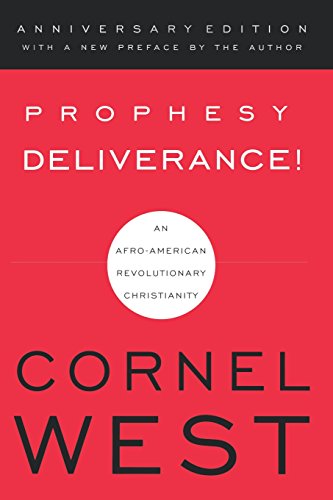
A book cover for Prophesy Deliverance!; Cornel West; Christian Books & Bibles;